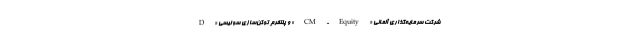
شرکت سرمایه‌گذاری آلمانی «CM-Equity» و پلتفرم توکن‌سازی سوئیسی «D